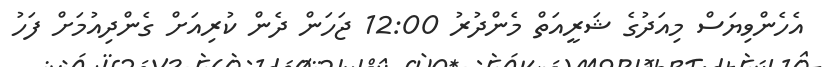
އެހެންވިޔަސް މިއަދުގެ ޝަރީއަތް މެންދުރު 12:00 ޖަހަން ދެން ކުރިއަށް ގެންދިއުމަށް ފަހު